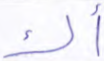
أك